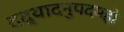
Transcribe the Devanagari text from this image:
दद्यादनुपदमहो